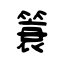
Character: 簑